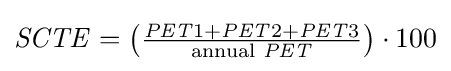
{\textstyle {\mathit {SCTE}}=\left({\frac {{\mathit {PET}}1+{\mathit {PET}}2+{\mathit {PET}}3}{{\text{annual }}{\mathit {PET}}}}\right)\cdot 100}